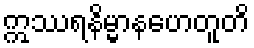
ဣဿရနိမ္မာနဟေတူတိ